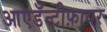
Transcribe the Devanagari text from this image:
आएडॅन्टीफ़ायर